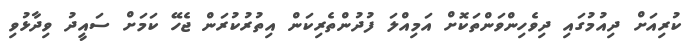
ކުރިއަށް ދިއުމުގައި ދިވެހިންވަންތަކޮށް އަމިއްލަ ފުދުންތެރިކަން އިތުރުކުރަން ޖެހޭ ކަަމަށް ސައީދު ވިދާޅުވި